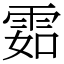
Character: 𩂰